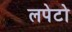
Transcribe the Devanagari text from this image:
लपेटो